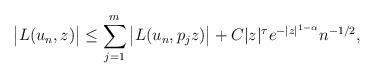
LaTeX: \begin{align*}\big|L(u_{n},z)\big| \leq \sum_{j=1}^{m} \big|L(u_{n},p_{j}z)\big| + C |z|^{\tau}e^{-|z|^{1-\alpha}}n^{-1/2},\end{align*}